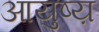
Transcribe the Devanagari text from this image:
आयुष्य़